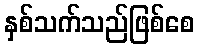
နှစ်သက်သည်ဖြစ်စေ